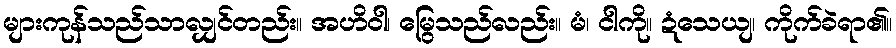
များကုန်သည်သာလျှင်တည်း။ အဟိဝါ၊ မြွေသည်လည်း။ မံ၊ ငါကို။ ဍံသေယျ၊ ကိုက်ခဲရာ၏။